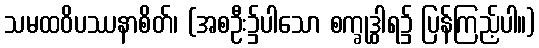
သမထဝိပဿနာစိတ်၊ (အစဦး၌ပါသော စက္ခုဒွါရ၌ ပြန်ကြည့်ပါ။)